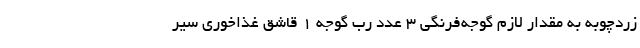
زردچوبه به مقدار لازم گوجه‌فرنگی ۳ عدد رب گوجه ۱ قاشق غذاخوری سیر